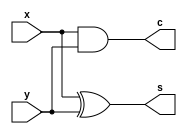
module half(x,y,s,c);
 input x,y;
 output s,c;
 assign s=x^y;
 assign c=x&y;
endmodule